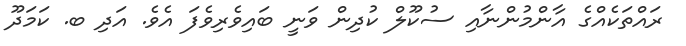
ރައްތަކެއްގެ އާންމުންނާއި ސުކޫލް ކުދިން ވަނީ ބައިވެރިވެފަ އެވެ. އަދި ބ. ކަމަދޫ